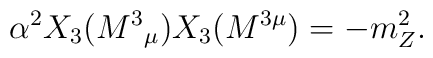
\alpha ^{2}X_{3}(M^{3}{}_{\mu })X_{3}(M^{3\mu })=-m_{Z}^{2}.